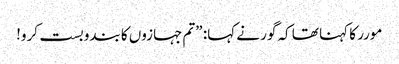
مورر کا کہنا تھا کہ گور نے کہا: ”تم جہازوں کا بندوبست کرو!